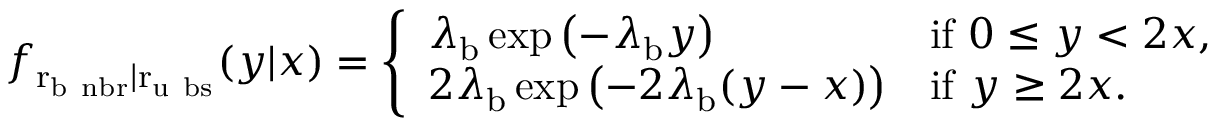
\begin{array} { r l } & { f _ { \mathrm { r _ { \mathrm { b } \ n b r } \mid r _ { \mathrm { u } \ b s } } } ( y | x ) = \left\{ \begin{array} { l l } { \lambda _ { \mathrm { b } } \exp \left( - \lambda _ { \mathrm { b } } y \right) } & { \mathrm { i f ~ } 0 \leq y < 2 x , } \\ { 2 \lambda _ { \mathrm { b } } \exp \left( - 2 \lambda _ { \mathrm { b } } ( y - x ) \right) } & { \mathrm { i f ~ } y \geq 2 x . } \end{array} \right. } \end{array}